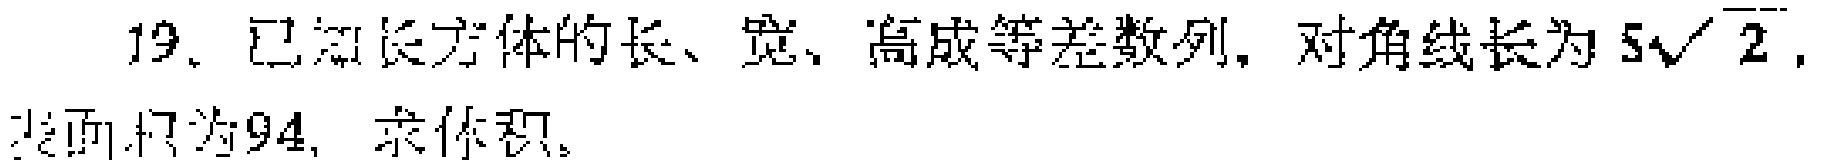
19. 已知长方体的长、宽、高成等差数列，对角线长为\(5\sqrt{2}\)，表面积为\(94\)，求体积。